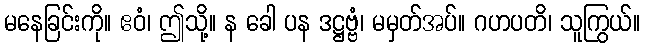
မနေခြင်းကို။ ဧဝံ၊ ဤသို့။ န ခေါ ပန ဒဋ္ဌဗ္ဗံ၊ မမှတ်အပ်။ ဂဟပတိ၊ သူကြွယ်။